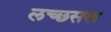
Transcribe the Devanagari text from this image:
लच्छसख